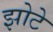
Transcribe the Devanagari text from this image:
झोटे